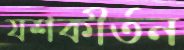
যশকীর্তন